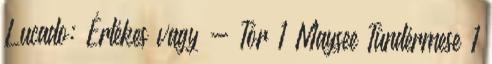
Lucado: Értékes vagy - Tör 1 Maysee Tündérmese 1